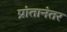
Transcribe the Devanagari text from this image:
प्रांतानंतर